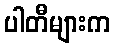
ပါတီများက